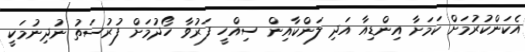
އެކަންކުރުމަށް ކަމަށާ އިންޑިއާ އަދި ލަންކާއިން ސިއްހީ ފަރުވާ ހޯދުމަށް ފުރުސަތު ނުދިނުމަކީ